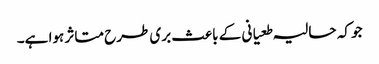
جو کہ حالیہ طعیانی کے باعث بری طرح متاثر ہوا ہے۔